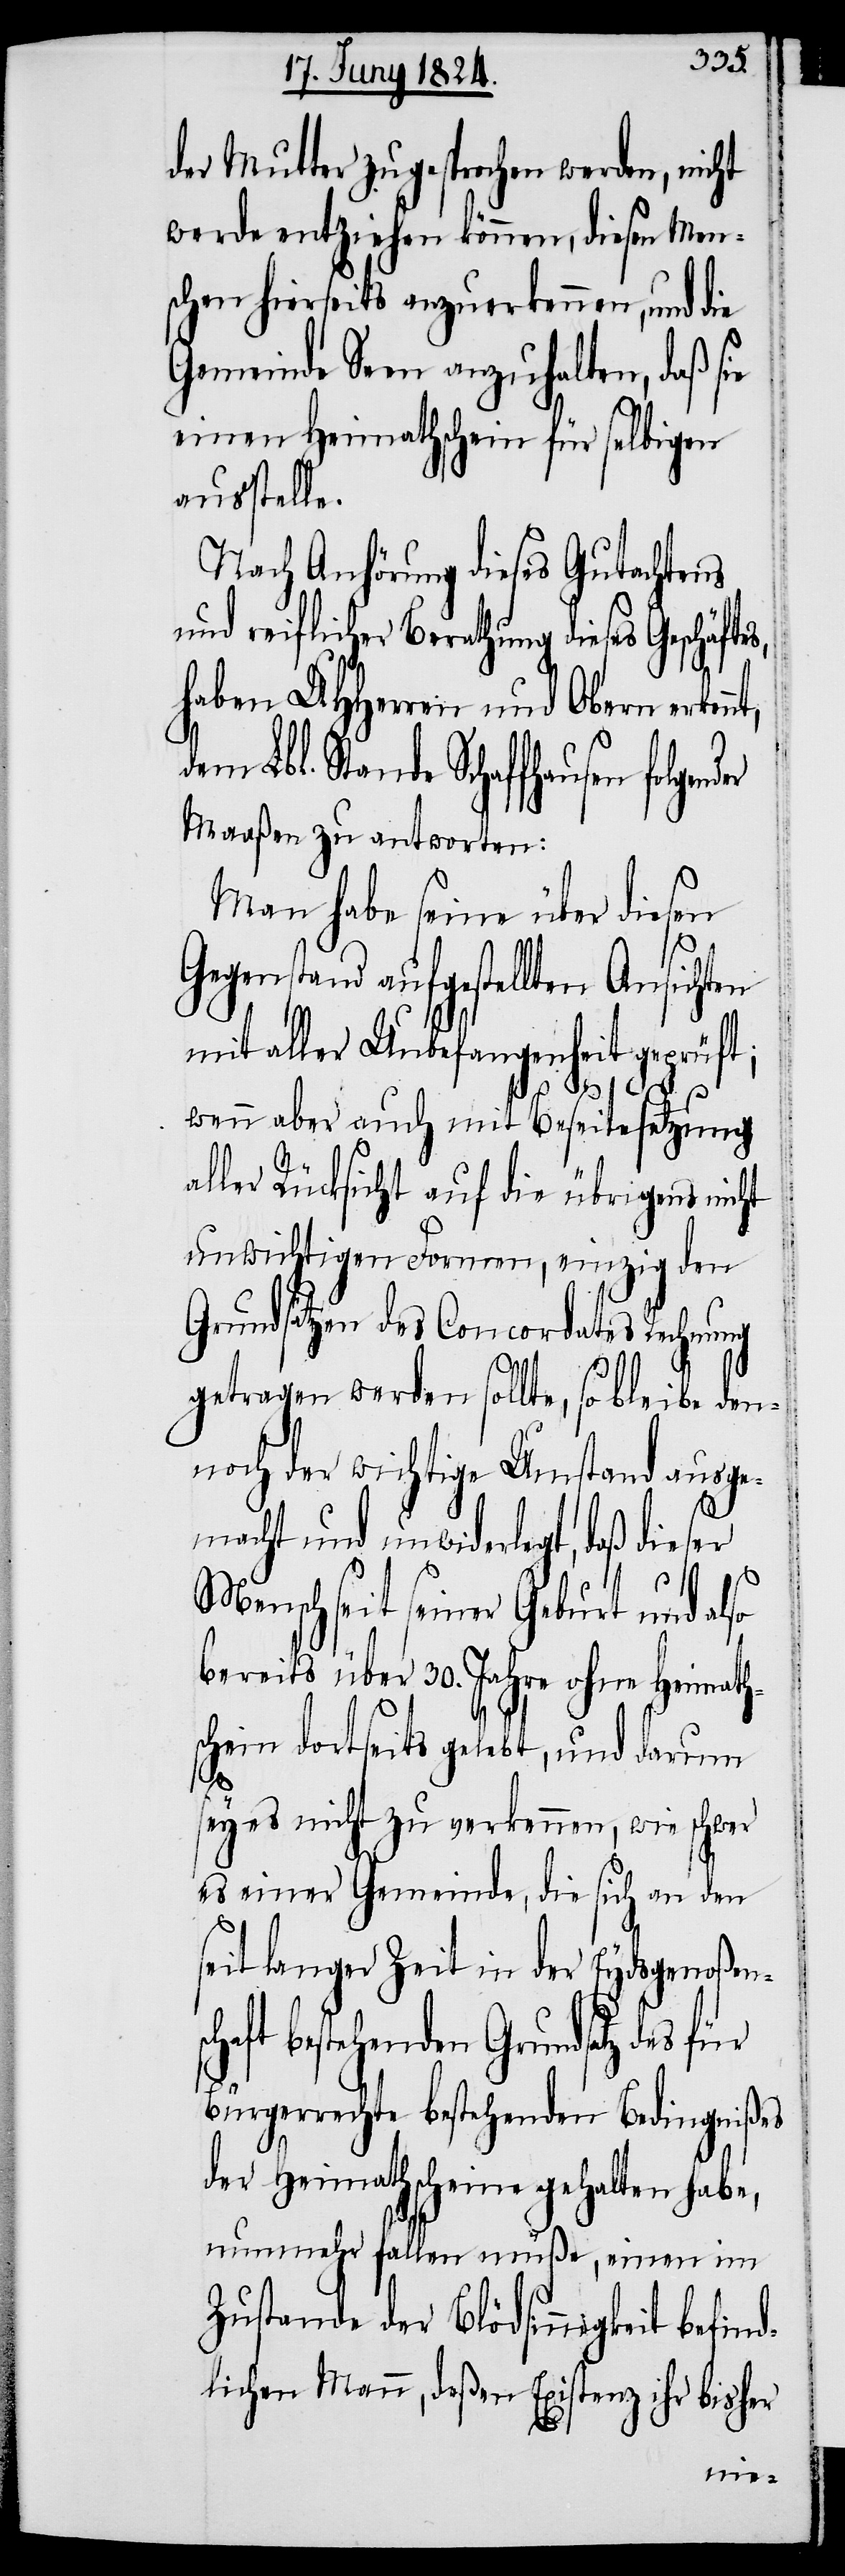
der Mutter zugesprochen werden, nicht
werde entziehen können, diesen Men¬
schen hierseits anzuerkennen, und die
Gemeinde Seen anzuhalten, daß sie
einen Heimathschein für selbigen
ausstelle.
Nach Anhörung dieses Gutachtens
und reiflicher Berathung dieses Geschäfte¬
haben UHHerren und Obern erken¬
em Lbl. Stande Schaffhausen folge¬
Maaßen zu antworten:
[„]Man habe seine über diesen
Gegenstand aufgestellten Ansichten
mit aller Unbefangenheit geprüft;
nt, d¬
wenn aber auch mit Beseitesetzung
aller Rücksicht auf die übrigens nicht
unwichtigen Formen, einzig den
Grundsätzen des Concordates Rechnung
getragen werden sollte, so bleibe den¬
noch der wichtige Umstand ausge¬
macht und unwiderlegt, daß dieser
Mensch seit seiner Geburt und also
bereits über 30. Jahre ohne Heimath¬
schein dortseits gelebt, und darum
sc¬
ey es nicht zu verkennen, wie schwer
es einer Gemeinde, die sich an den
seit langer Zeit in der Eydsgenoßen¬
haft bestehenden Grundsatz des
Bürgerrechte bestehenden Bedingnißes
der Heimathscheine gehalten habe,
nunmehr fallen müße, einen im
Zustande der Blödsinnigkeit befind¬
lichen Mann, deßen Existenz ihr bisher
nder